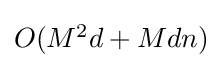
\textstyle O(M^{2}d+Mdn)